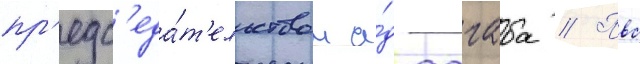
пр'едс'еда́т'ельством а́д-дагаба // Пвс